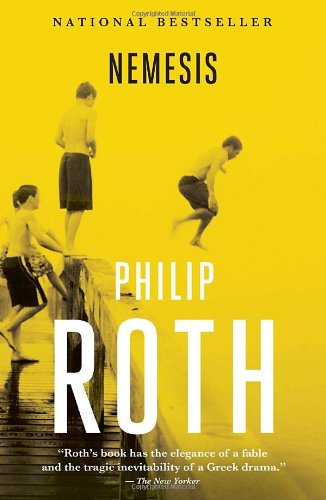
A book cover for Nemesis (Vintage International); Philip Roth; Literature & Fiction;